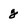
Character: g